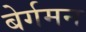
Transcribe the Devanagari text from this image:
बेर्गमन